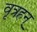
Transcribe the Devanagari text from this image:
वृत्रहन्